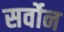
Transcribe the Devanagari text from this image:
सर्वोन